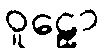
ဝူဠှော